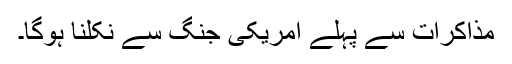
مذاکرات سے پہلے امریکی جنگ سے نکلنا ہوگا۔